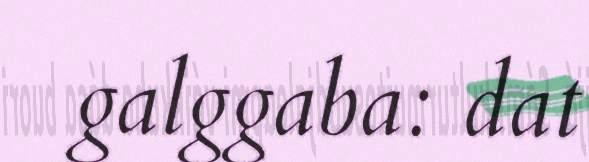
galggaba: dat